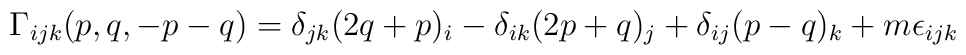
\Gamma_{ijk}(p,q,-p-q) = \delta_{jk}(2q + p)_i- \delta_{ik}(2p + q)_j + \delta_{ij}(p-q)_k + m \epsilon_{ijk}